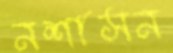
নশাসন